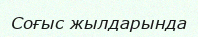
Соғыс жылдарында